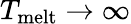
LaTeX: T_{\mathrm{melt}}\rightarrow\infty